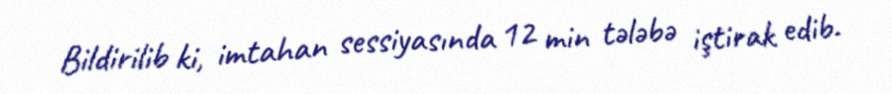
Bildirilib ki, imtahan sessiyasında 12 min tələbə iştirak edib.